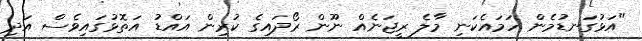
"އަޅުގަނޑުމެން ހަމައެކަނި މާލެ ރީޖަނެއް ނޫން ރޯދައިގެ ކުރިން އައްޑު އަތޮޅުގައިވެސް އަދި